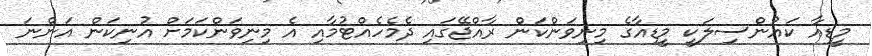
މީޑިއާ ކައުންސިލަކީ މީޑިއާގެ މިނިވަންކަން ރާއްޖޭގައި ދެމެހެއްޓުމާއި އެ މިނިވަންކަމަށް އުނިކަން އަންނަ